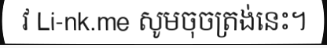
វ Li-nk.me សូមចុចត្រង់នេះ។